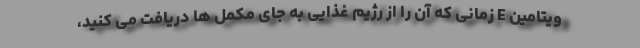
ویتامین E زمانی که آن را از رژیم غذایی به جای مکمل ها دریافت می کنید،